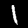
Digit: 1